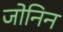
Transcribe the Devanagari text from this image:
जोनिन